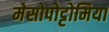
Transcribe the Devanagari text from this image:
मेसोपोट्टोमिया